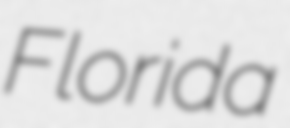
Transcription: Florida